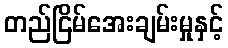
တည်ငြိမ်အေးချမ်းမှုနှင့်